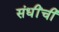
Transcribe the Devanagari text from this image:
संधींची